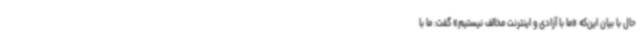
حال با بیان این‌که «ما با آزادی و اینترنت مخالف نیستیم» گفت: ما با